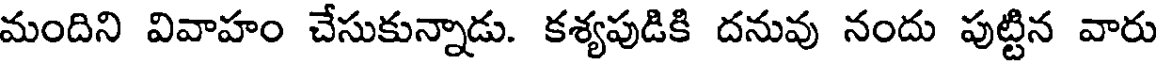
మందిని వివాహం చేసుకున్నాడు. కశ్యపుడికి దనువు నందు పుట్టిన వారు